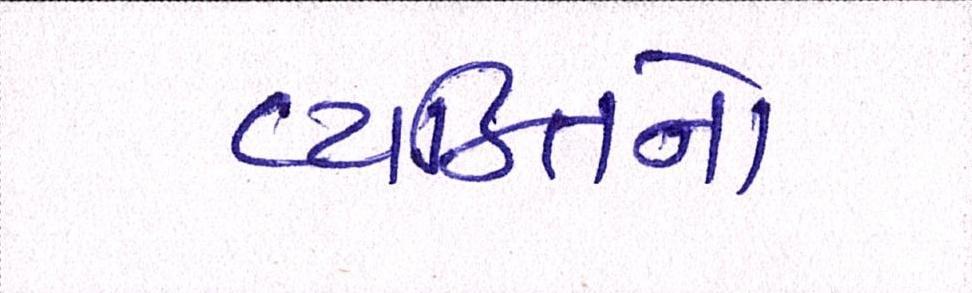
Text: વ્યક્તિનો